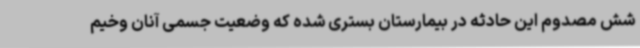
شش مصدوم این حادثه در بیمارستان بستری شده که وضعیت جسمی آنان وخیم